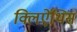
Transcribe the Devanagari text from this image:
क्लिऐंथिस